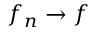
f _ { n } \rightarrow f